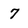
Character: 7